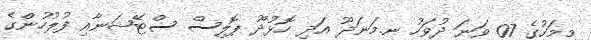
މިމަހުގެ 07 ވަނަ ދުވަހު ނ.މަނަދޫ އަދި ހޮޅުދޫ ޕޮލިސް ސްޓޭޝަނާއި ފުލުހުންގެ